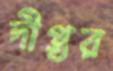
দীপ্তর